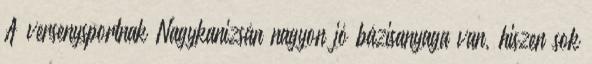
A versenysportnak Nagykanizsán nagyon jó bázisanyaga van, hiszen sok